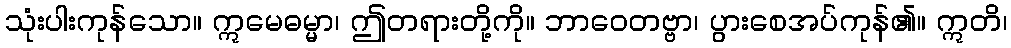
သုံးပါးကုန်သော။ ဣမေဓမ္မာ၊ ဤတရားတို့ကို။ ဘာဝေတဗ္ဗာ၊ ပွားစေအပ်ကုန်၏။ ဣတိ၊